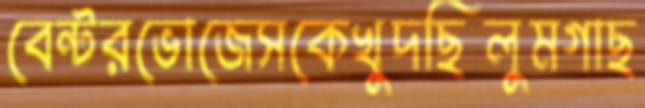
বেন্টরভোজেসকেখুদছিলুমগাছ